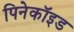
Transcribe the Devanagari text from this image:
पिनेकॉइड